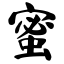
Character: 蜜